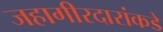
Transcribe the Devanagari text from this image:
जहागीरदारांकडे